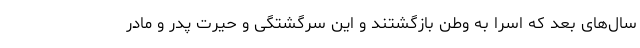
سال‌های بعد که اسرا به وطن بازگشتند و این سرگشتگی و حیرت پدر و مادر